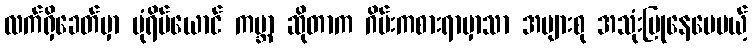
လက်ရှိခေတ်မှာ ပုံရိပ်ယောင် ကမ္ဘာ ဆိုတာက ဂိမ်းကစားရာမှာသာ အများစု အသုံးပြုနေပေမယ့်